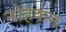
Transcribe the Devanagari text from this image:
नोहकन